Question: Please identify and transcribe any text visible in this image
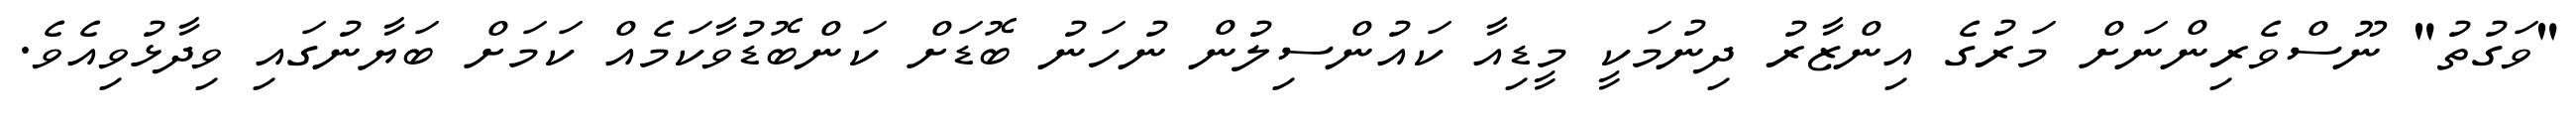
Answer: "ވަގުތު" ނޫސްވެރިންނަށް މަރުގެ އިންޒާރު ދިނުމަކީ މީޑިއާ ކައުންސިލުން ނުހަނު ބޮޑަށް ކަންބޮޑުވާކަމެއް ކަމަށް ބަޔާނުގައި ވިދާޅުވިއެވެ.